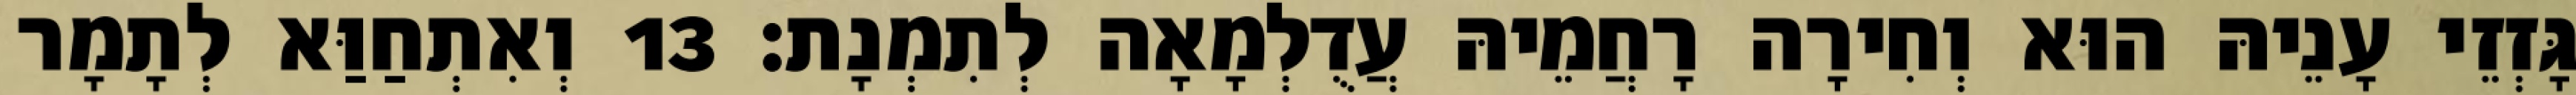
גָּזְזֵי עָנֵיהּ הוּא וְחִירָה רָחֲמֵיהּ עֲדֻלְמָאָה לְתִמְנָת׃ 13 וְאִתְחַוַּא לְתָמָר